Civil Veterinary Dept. Bombay admin report 1932-41 - 1932-1941
Year: 1932
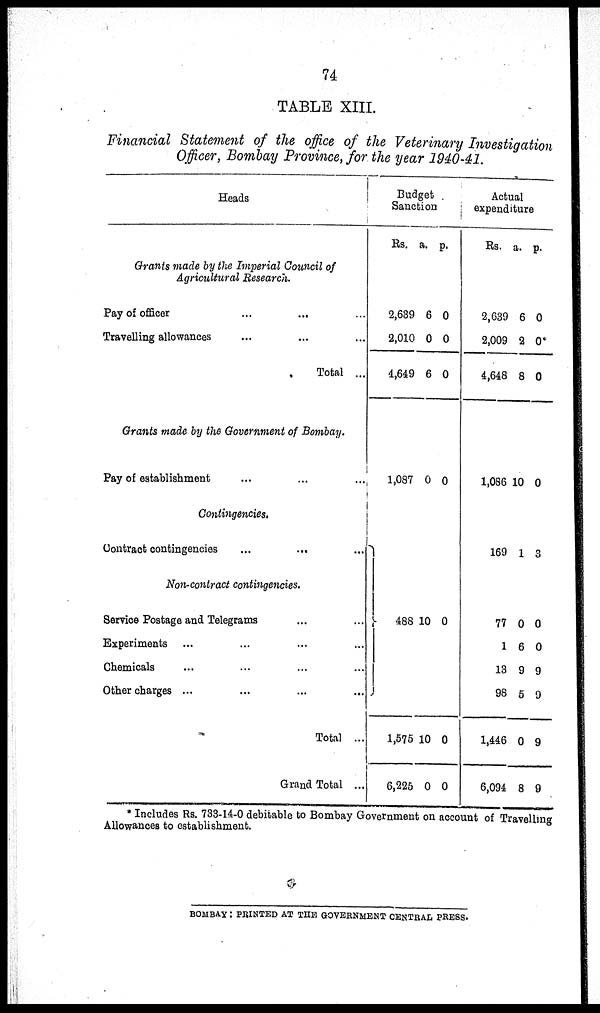
74
TABLE XIII.
Financial Statement of the office of the Veterinary Investigation
Officer, Bombay Province, for the year 1940-41.
Heads
Grants made by the Imperial Council of
Agricultural Research.
Pay of officer ... ... ...
Travelling allowances ... ... ...
Total ...
Grants made by the Government of Bombay.
Pay of establishment ... ... ...
Contingencies.
Contract contingencies
...
... ...
Non contract contingencies.
Service Postage and Telegrams ... ...
Experiments ... ... ... ...
Chemicals ... ... ... ...
Other charges ... ... ... ...
Total ...
Grand Total ...
Budget
Sanction
Rs.
2,639
2,010
4,649
1,087
a.
6
0
6
0
p.
0
0
0
0
488 10 0
1,575
6,225
10
0
0
0
Actual
expen
Rs.
2,639
2,009
4,648
1,086
169
77
1
13
98
1,446
6,094
a.
6
2
8
10
1
0
6
9
5
0
8
p.
0
0*
0
0
3
0
0
9
9
9
9
* Includes Rs. 733-14-0 debitable to Bombay Government on account of Travelling
Allowances to establishment.
BOMBAY: PRINTED AT THE GOVERNMENT CNTRAL PRESS.